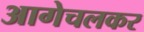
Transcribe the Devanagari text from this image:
आगेचलकर